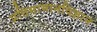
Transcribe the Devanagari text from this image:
प्रतिमामानविज्ञान